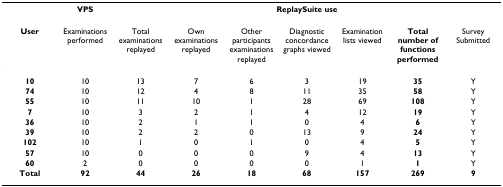
|  | VPS | <COLSPAN=7> ReplaySuite use |
 | --- | --- | --- | --- | --- | --- | --- | --- | --- |
 | User | Examinations performed | Total examinations replayed | Own examinations replayed | Other participants examinations replayed | Diagnostic concordance graphs viewed | Examination lists viewed | Total number of functions performed | Survey Submitted |
 | 10 | 10 | 13 | 7 | 6 | 3 | 19 | 35 | Y |
 | 74 | 10 | 12 | 4 | 8 | 11 | 35 | 58 | Y |
 | 55 | 10 | 11 | 10 | 1 | 28 | 69 | 108 | Y |
 | 7 | 10 | 3 | 2 | 1 | 4 | 12 | 19 | Y |
 | 36 | 10 | 2 | 1 | 1 | 0 | 4 | 6 | Y |
 | 39 | 10 | 2 | 2 | 0 | 13 | 9 | 24 | Y |
 | 102 | 10 | 1 | 0 | 1 | 0 | 4 | 5 | Y |
 | 57 | 10 | 0 | 0 | 0 | 9 | 4 | 13 | Y |
 | 60 | 2 | 0 | 0 | 0 | 0 | 1 | 1 | Y |
 | Total | 92 | 44 | 26 | 18 | 68 | 157 | 269 | 9 |